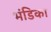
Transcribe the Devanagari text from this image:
भंडिका